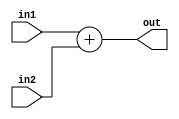
module BlackBoxAdder (
 input [32:0] in1 ,
 input [32:0] in2 ,
 output [33:0] out
) ;
 always @* begin
 out <= ((in1) + (in2));
 end
 endmodule